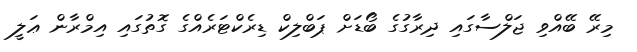
މިރޭ ބޭއްވި ޖަލްސާގައި ދިރާގުގެ ބޯޑަށް ޕަބްލިކް ޑިރެކްޓަރެއްގެ ގޮތުގައި އިމްރާން ޢަލީ